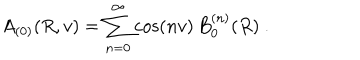
A _ { ( 0 ) } ( R , v ) = \sum _ { n = 0 } ^ { \infty } \cos ( n v ) \, B _ { 0 } ^ { ( n ) } ( R ) \ .